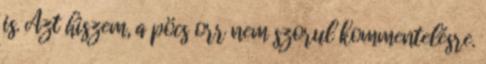
is. Azt hiszem, a pöcs orr nem szorul kommentelésre.